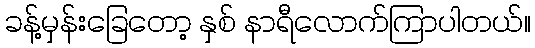
ခန့်မှန်းခြေတော့ နှစ် နာရီလောက်ကြာပါတယ်။